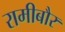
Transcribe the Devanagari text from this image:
रामीबौर